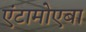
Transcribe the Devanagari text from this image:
एंटामोएबा